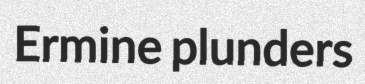
Ermine plunders